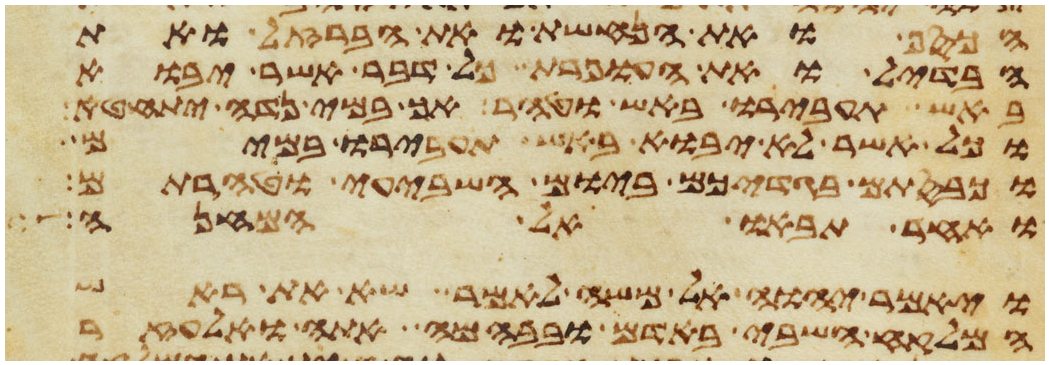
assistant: הכסף ואת הנחשת ואת הברזל ואת
הבדיל ואת העופרת כל דבר אשר יבוא
באש תעבירו באש וטהר אך במי נדה יתחטא
וכל אשר לא יבוא באש תעבירו במים
וכבסתם בגדיכם ביום השביעי וטהרתם
ואחר תבאו אל המחנה
ויאמר יהוה אל משה לאמר שא את ראש
המלקח השבי באדם ובבהמה אתה ואלעזר